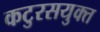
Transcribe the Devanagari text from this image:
कटुरसयुक्त